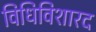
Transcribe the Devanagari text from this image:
विधिविशारद